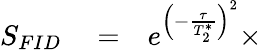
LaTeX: \begin{array}{rlr}{S_{FID}}&{{}=}&{e^{\left(-\frac{\tau}{T_{2}^{*}}\right)^{2}}\times}\end{array}